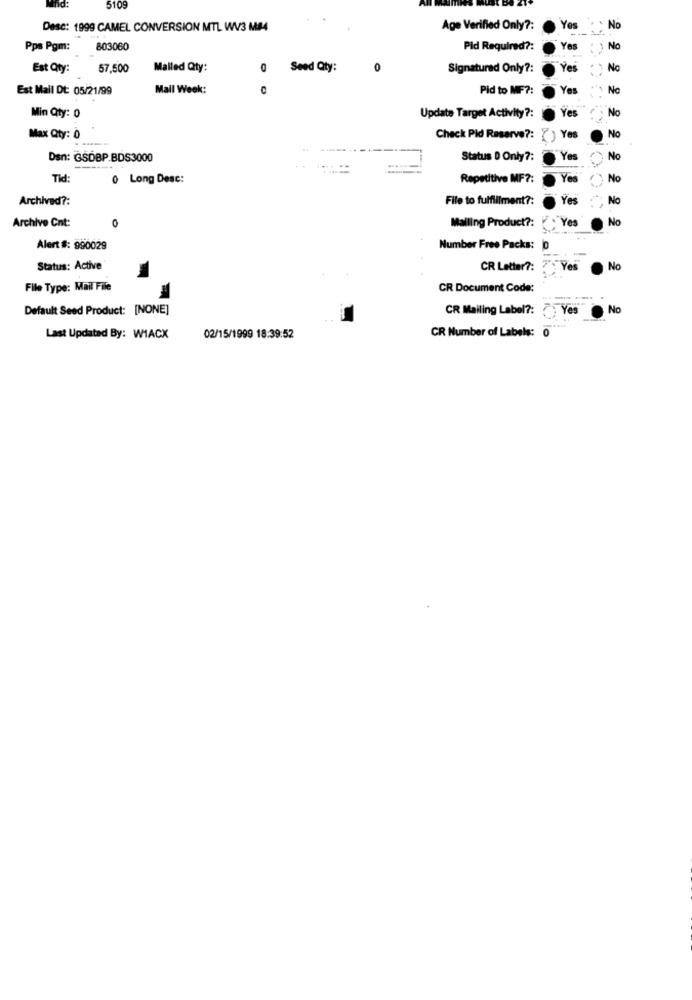
5109
Desc: 1999 CAMEL CONVERSION MTL WV3 M#4
Age Verified Only ?:
Yes
No
Pps Pgm:
803060
Pid Required ?:
YAs
No
Est Qty:
57,500
Mailed Qty:
Seed Qty:
Signatured Only ?:
No
Est Mail Dt: 05/21/99
Mail Week:
Pid to MF ?:
Yes
Nc
Yes
No
Min Qty: 0
Update Target Activity ?:
No
Max Qty: 0
Check Pid Reserve ?: () Yes
Den: GSDBP.BDS3000
Status D Only ?:
Yes
No
Tid:
0 Long Desc:
Repetitive MF ?:
Yes
No
Archived ?:
File to fulfillment ?:
Yes
No
Archive Cnt:
No
Mailing Product ?: " Yes
Alert #: 990029
Number Free Packs: 0
Status: Active
CR Letter ?:
"Yes
No
File Type: Mail File
CR Document Code:
Default Seed Product: [NONE]
CR Mailing Label ?:
No
Yes .
Last Updated By: WIACX
02/15/1999 18:39:52
CR Number of Labels: 0